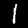
Label: 1